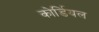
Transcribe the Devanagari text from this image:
कोर्डियल